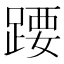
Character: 𬦽